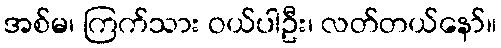
အစ်မ၊ ကြက်သား ဝယ်ပါဦး၊ လတ်တယ်နော်။